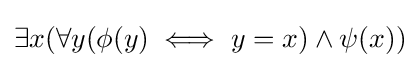
\exists x(\forall y(\phi (y)\iff y=x)\land \psi (x))